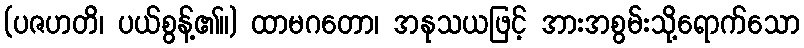
(ပဇဟတိ၊ ပယ်စွန့်၏။) ထာမဂတော၊ အနုသယဖြင့် အားအစွမ်းသို့ရောက်သော